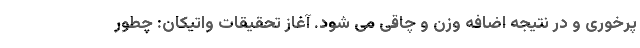
پرخوری و در نتیجه اضافه وزن و چاقی می شود. آغاز تحقیقات واتیکان: چطور